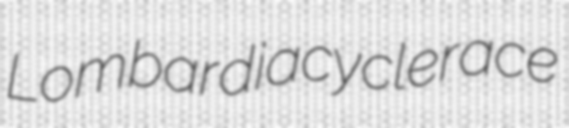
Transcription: Lombardia cycle race